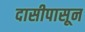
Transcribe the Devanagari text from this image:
दासीपासून